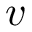
v